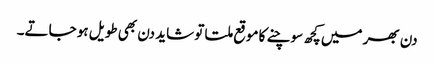
دن بھر میں کچھ سوچنے کا موقع ملتا تو شاید دن بھی طویل ہو جاتے۔